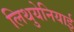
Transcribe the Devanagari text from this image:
लिथुयेनियाई